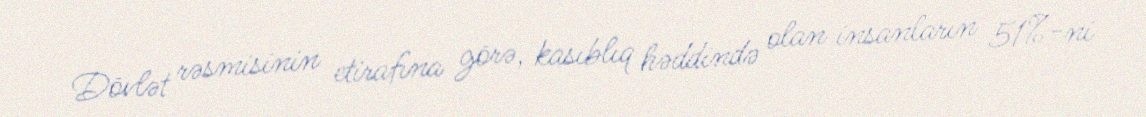
Dövlət rəsmisinin etirafına görə, kasıblıq həddində olan insanların 51%-ni